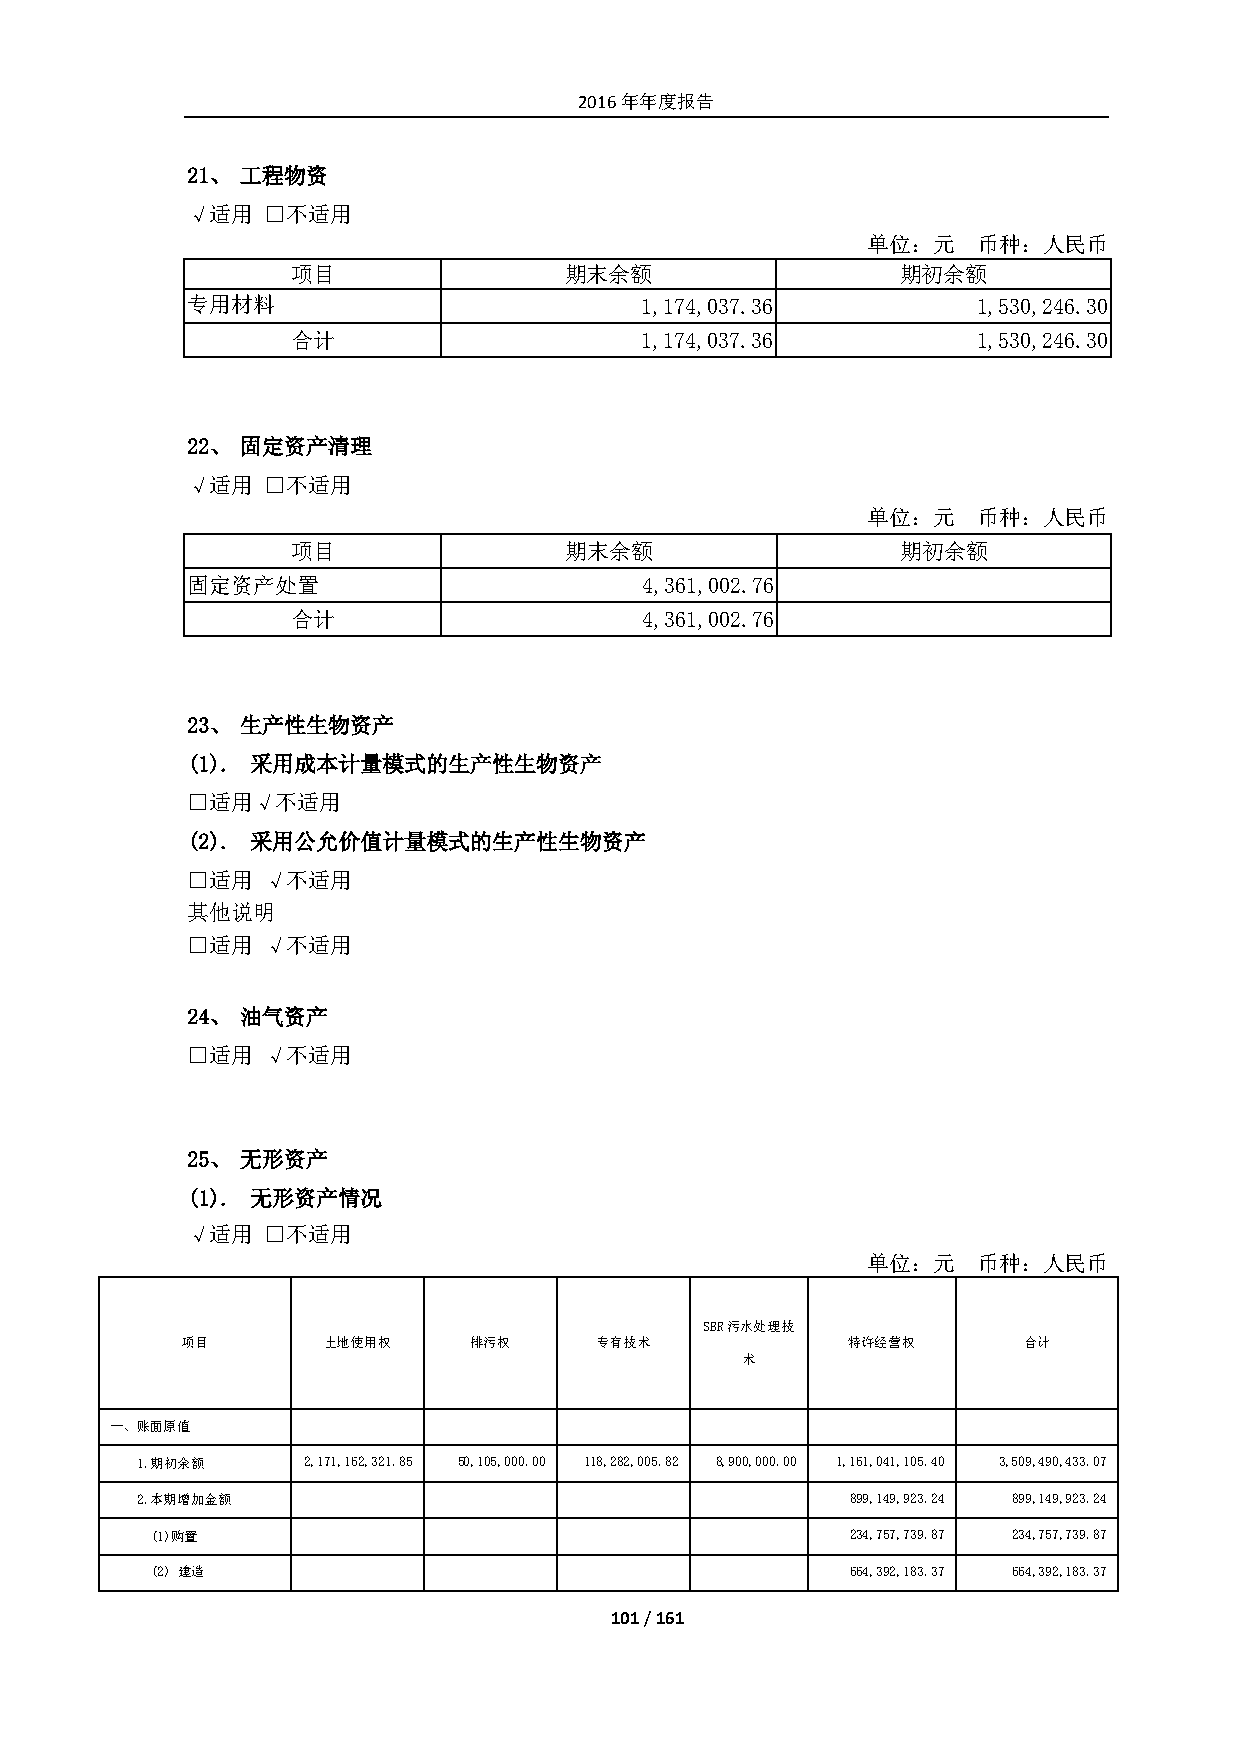
2016年年度报告
 21、 工程物资
 √适用  □不适用
 单位：元    币种：人民币
 项目                期末余额                   期初余额
 专用材料                          1,174,037.36           1,530,246.30
 合计                     1,174,037.36           1,530,246.30
 22、 固定资产清理
 √适用  □不适用
 单位：元    币种：人民币
 项目                期末余额                   期初余额
 固定资产处置                         4,361,002.76
 合计                      4,361,002.76
 23、 生产性生物资产
 (1). 采用成本计量模式的生产性生物资产
 □适用√不适用
 (2). 采用公允价值计量模式的生产性生物资产
 □适用  √不适用
 其他说明
 □适用  √不适用
 24、 油气资产
 □适用  √不适用
 25、 无形资产
 (1). 无形资产情况
 √适用  □不适用
 单位：元    币种：人民币
 SBR污水处理技
 项目       土地使用权     排污权     专有技术             特许经营权       合计
 术
 一、账面原值
 1.期初余额     2,171,162,321.85 50,105,000.00 118,282,005.82 8,900,000.00 1,161,041,105.40 3,509,490,433.07
 2.本期增加金额                                       899,149,923.24 899,149,923.24
 (1)购置                                         234,757,739.87 234,757,739.87
 (2) 建造                                        664,392,183.37 664,392,183.37
 101 / 161